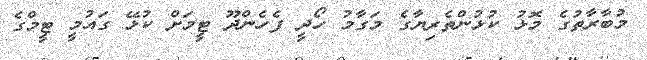
މުބާރާތުގެ މޮޅު ކުޅުންތެރިޔާގެ މަގާމު ހޯދީ ފެހެންދޫ ޓީމަށް ކުޅޭ ގައުމީ ޓީމްގެ